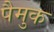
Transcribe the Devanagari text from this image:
पैमुक